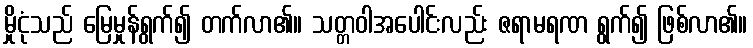
မှိုငုံသည် မြေမှုန်ရွက်၍ တက်လာ၏။ သတ္တဝါအပေါင်းလည်း ဇရာမရဏ ရွက်၍ ဖြစ်လာ၏။